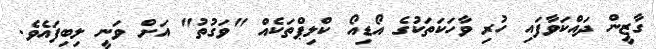
ގާޒީން ދައްކަވާފައި ހުރި ވާހަކަތަކުގެ އޯޑިއޯ ކްލިޕްތަކެއް "ވަގުތު" އަށް ވަނީ ލިބިފައެވެ.